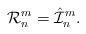
LaTeX: \begin{align*}{\mathcal R}_n^m=\hat {\mathcal I}_n^m.\end{align*}